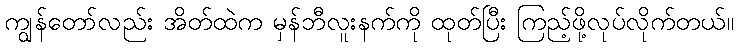
ကျွန်တော်လည်း အိတ်ထဲက မှန်ဘီလူးနက်ကို ထုတ်ပြီး ကြည့်ဖို့လုပ်လိုက်တယ်။